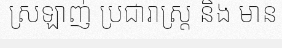
ស្រឡាញ់ ប្រជារាស្ត្រ និង មាន